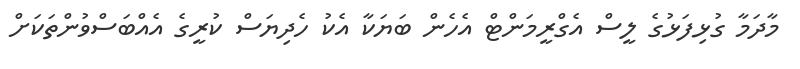
މާދަމާ ގުޅިފަޅުގެ ލީސް އެގްރީމަންޓް އެހެން ބަޔަކާ އެކު ހެދިޔަސް ކުރީގެ އެއްބަސްވުންތަކަށް